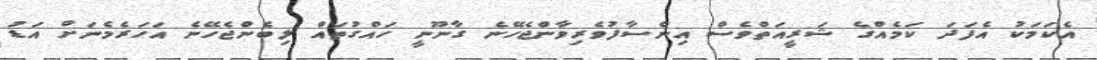
އެކަމަކު އެފަދަ ކަމެއްގެ ޝަރީއަތްވެސް އިންސާފުވެރިވާންޖެހޭނެ ގާނޫނީ ހައްގުތައް ލިބެންޖެހޭނެ އަހަރެމެނަށް އަޑު